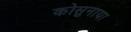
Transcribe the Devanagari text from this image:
कोसुनाया